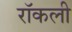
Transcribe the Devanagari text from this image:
रॉकली